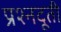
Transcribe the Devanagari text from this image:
प्रश्नदूती